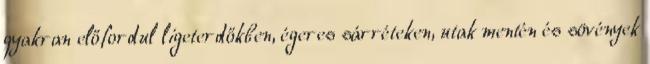
gyakran előfordul ligeterdőkben, égeres sárréteken, utak mentén és sövények